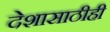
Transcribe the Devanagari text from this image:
देशासाठीही